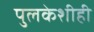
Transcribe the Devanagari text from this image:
पुलकेशीही